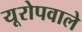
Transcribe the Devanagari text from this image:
यूरोपवाले